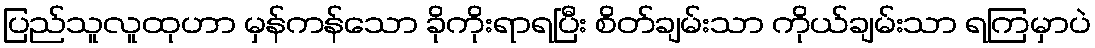
ပြည်သူလူထုဟာ မှန်ကန်သော ခိုကိုးရာရပြီး စိတ်ချမ်းသာ ကိုယ်ချမ်းသာ ရကြမှာပဲ